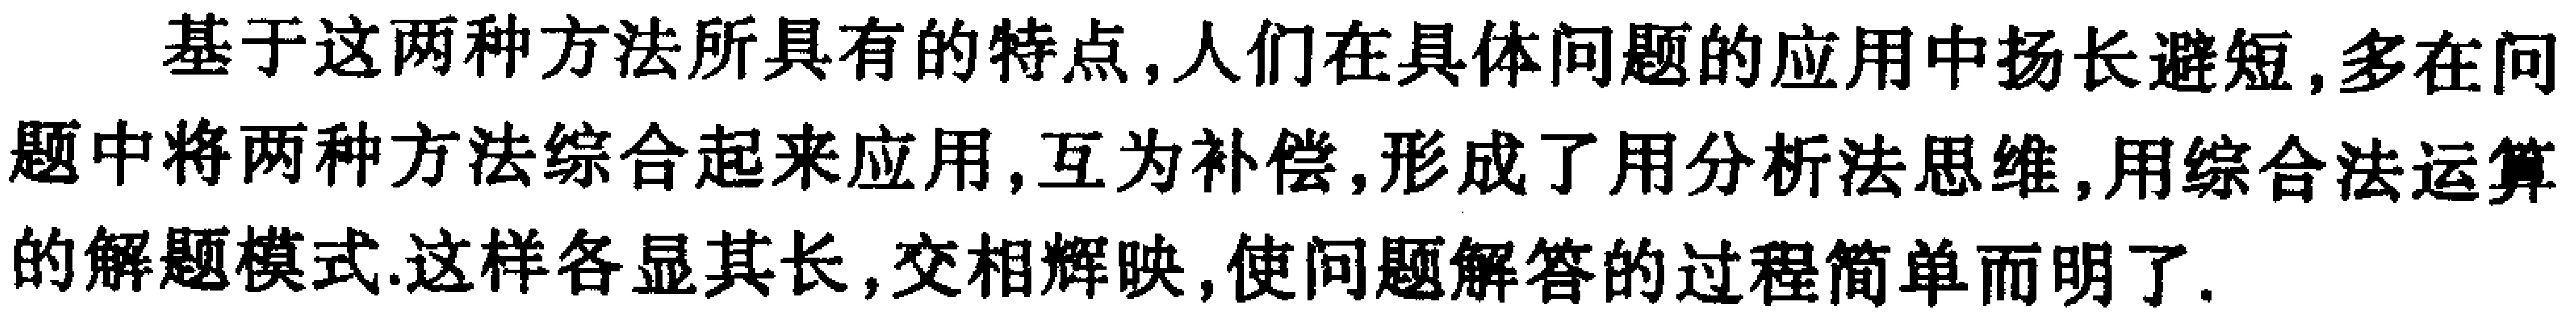
基于这两种方法所具有的特点, 人们在具体问题的应用中扬长避短, 多在问题中将两种方法综合起来应用, 互为补偿, 形成了用分析法思维, 用综合法运算的解题模式. 这样各显其长, 交相辉映, 使问题解答的过程简单而明了.